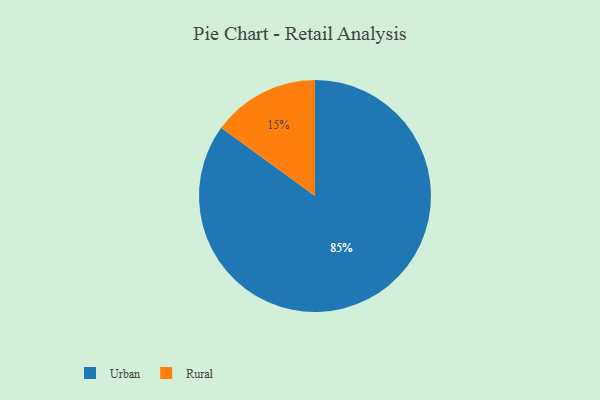
{"axis": {"x": "Category", "y": "Percentage"}, "legend": ["Rural", "Urban"], "data": [{"x": "Urban", "y": 85, "type": "Urban"}, {"x": "Rural", "y": 15, "type": "Rural"}]}